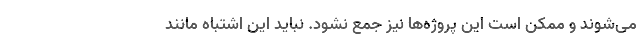
می‌شوند و ممکن است این پروژه‌ها نیز جمع نشود. نباید این اشتباه مانند